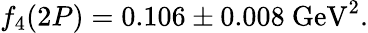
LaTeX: f_{4}(2P)=0.106\pm 0.008~\mathrm{GeV}^{2}.